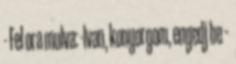
- Fel ora mulva: -Ivan, konyorgom, engedj be –